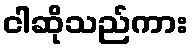
ငါဆိုသည်ကား